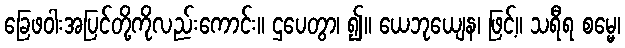
ခြေဖဝါးအပြင်တို့ကိုလည်းကောင်း။ ဌပေတွာ၊ ၍။ ယေဘုယျေန၊ ဖြင့်။ သရီရ စမ္မေ၊